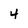
Character: 4